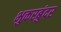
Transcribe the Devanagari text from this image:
भुकरबुंदर